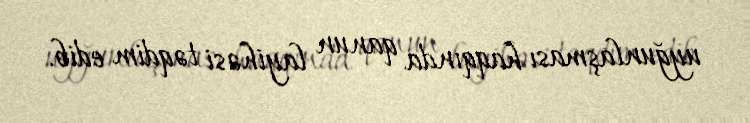
uyğunlaşması haqqında qanun layihəsi təqdim edib.